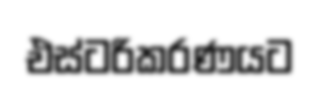
එස්ටරිකරණයට